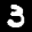
Label: 3